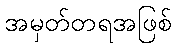
အမှတ်တရအဖြစ်